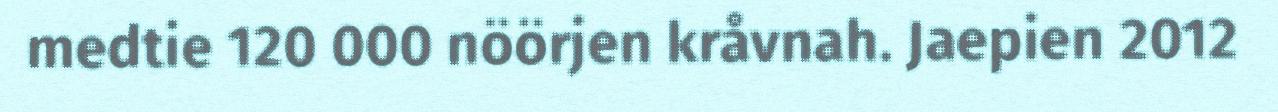
medtie 120 000 nöörjen kråvnah. Jaepien 2012